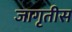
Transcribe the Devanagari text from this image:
जागृतीस